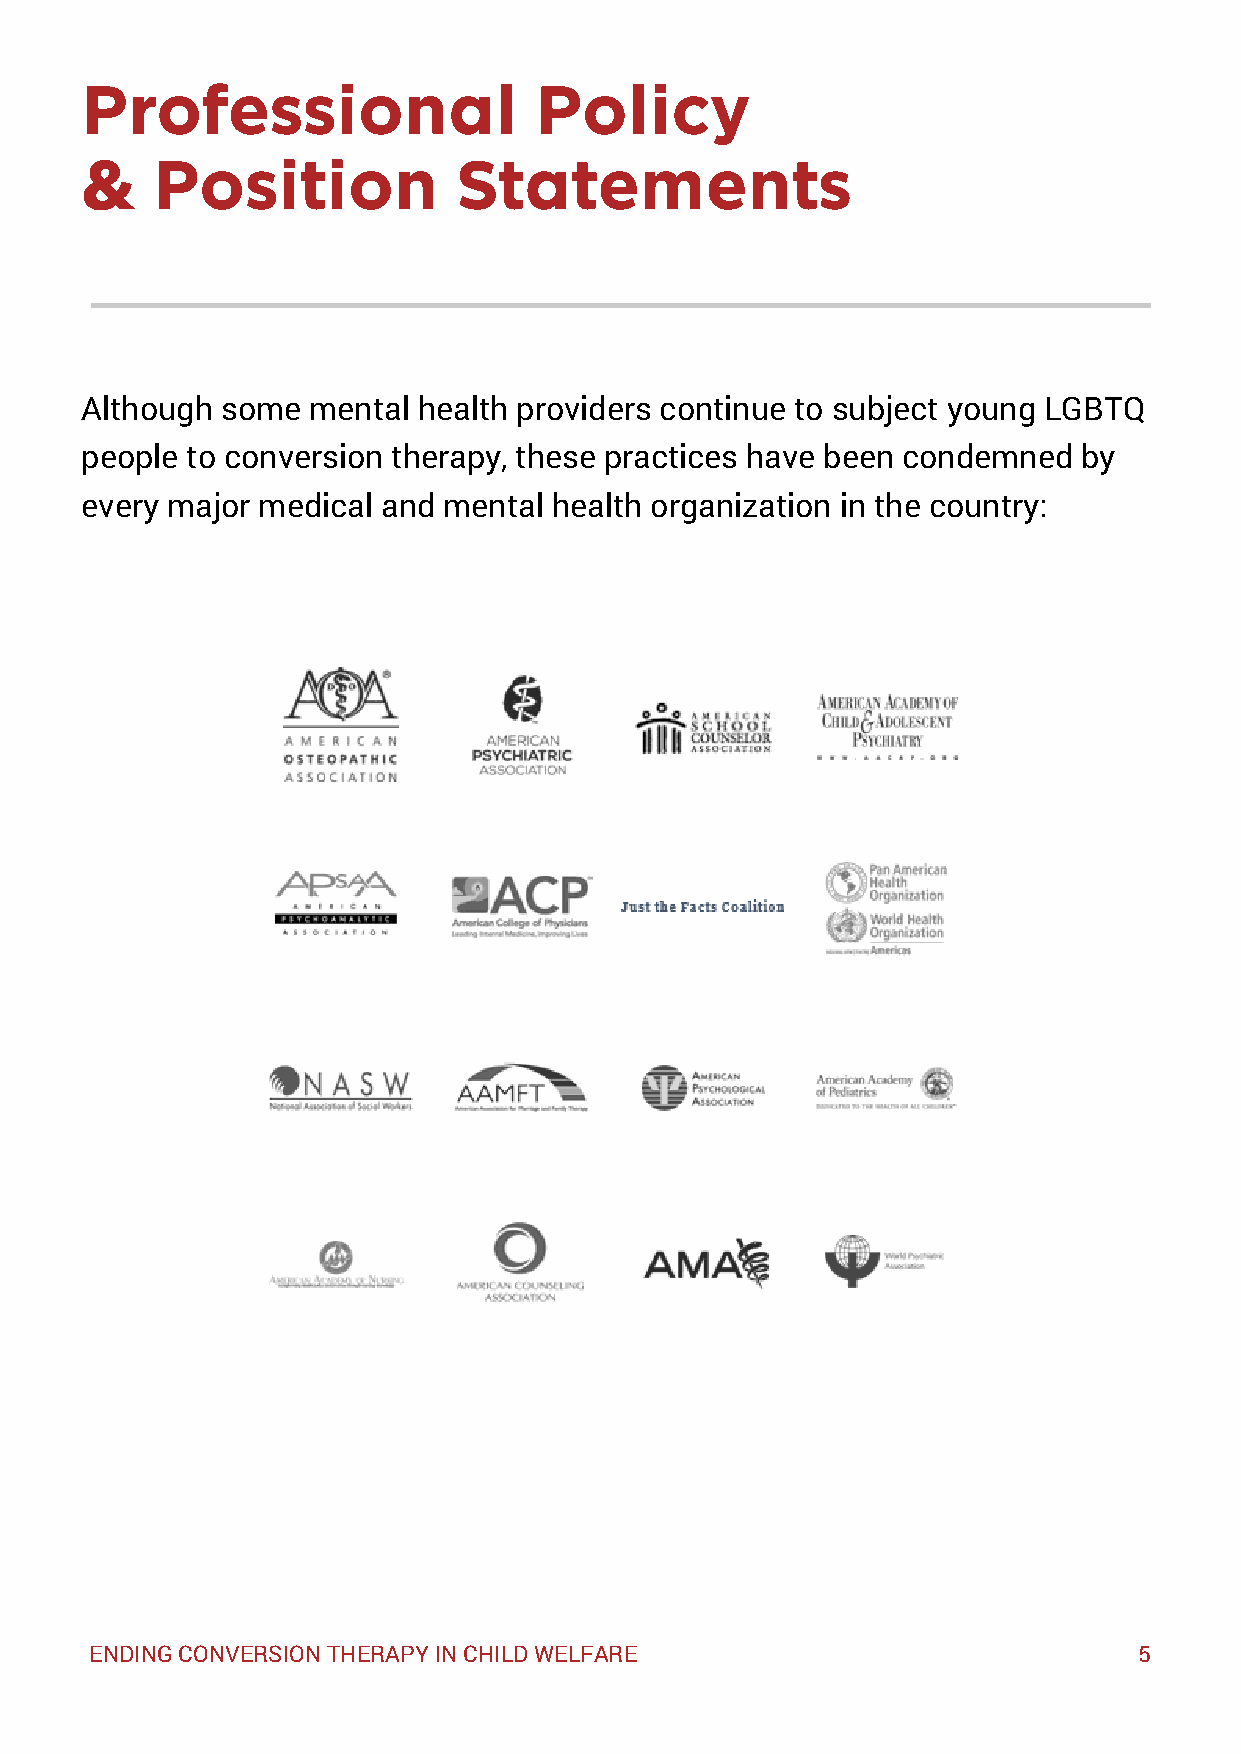
Professional                  Policy
 &    Position            Statements
 Although  some mental  health providers continue to subject young LGBTQ
 people to conversion therapy, these practices have been condemned  by
 every major medical and mental health organization in the country:
 ENDING CONVERSION THERAPY IN CHILD WELFARE                           5